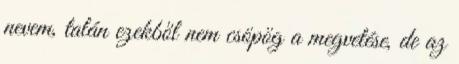
nevem, talán ezekből nem csöpög a megvetése, de az